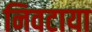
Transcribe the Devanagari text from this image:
निवटाया